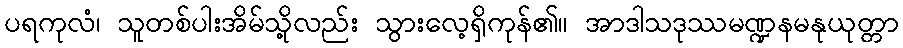
ပရကုလံ၊ သူတစ်ပါးအိမ်သို့လည်း သွားလေ့ရှိကုန်၏။ အာဒါသဒုဿမဏ္ဍနမနုယုတ္တာ